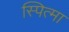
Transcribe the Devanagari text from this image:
स्पित्मा